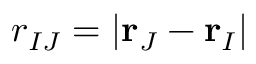
r _ { I J } = | \mathbf { r } _ { J } - \mathbf { r } _ { I } |